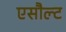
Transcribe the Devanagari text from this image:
एसौल्ट